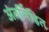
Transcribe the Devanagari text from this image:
अंतर्निहित